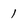
Character: 1